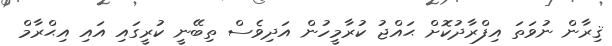
ޤިރާން ނުވަތަ އިފްރާދުކޮށް ޙައްޖު ކުރާމީހުން އަދިވެސް ތިބޭނީ ކުރީގައި އައި އިޙްރާމް